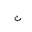
Letter: _non